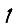
Digit: 1